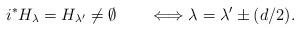
LaTeX: \begin{align*}i^{*}H_{\lambda}=H_{\lambda'}\not=\emptyset\qquad\Longleftrightarrow\lambda=\lambda'\pm(d/2).\end{align*}